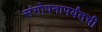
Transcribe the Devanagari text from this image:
संगोपनापर्यंतची